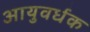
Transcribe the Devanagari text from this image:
आयुवर्धक